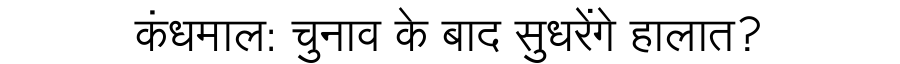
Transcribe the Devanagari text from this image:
कंधमाल: चुनाव के बाद सुधरेंगे हालात?